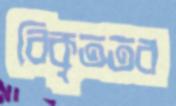
বিকৃততর